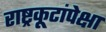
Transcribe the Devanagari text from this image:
राष्ट्रकूटांपेक्षा